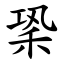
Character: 䅃